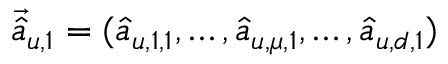
\vec { \hat { a } } _ { u , 1 } = ( \hat { a } _ { u , 1 , 1 } , \dots , \hat { a } _ { u , \mu , 1 } , \dots , \hat { a } _ { u , d , 1 } )